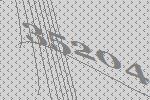
35204